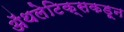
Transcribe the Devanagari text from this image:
ॲथलेटिक्सकडून